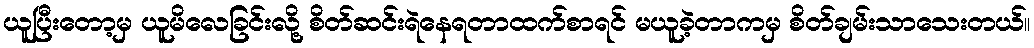
ယူပြီးတော့မှ ယူမိလေခြင်းလို့ စိတ်ဆင်းရဲနေရတာထက်စာရင် မယူခဲ့တာကမှ စိတ်ချမ်းသာသေးတယ်။